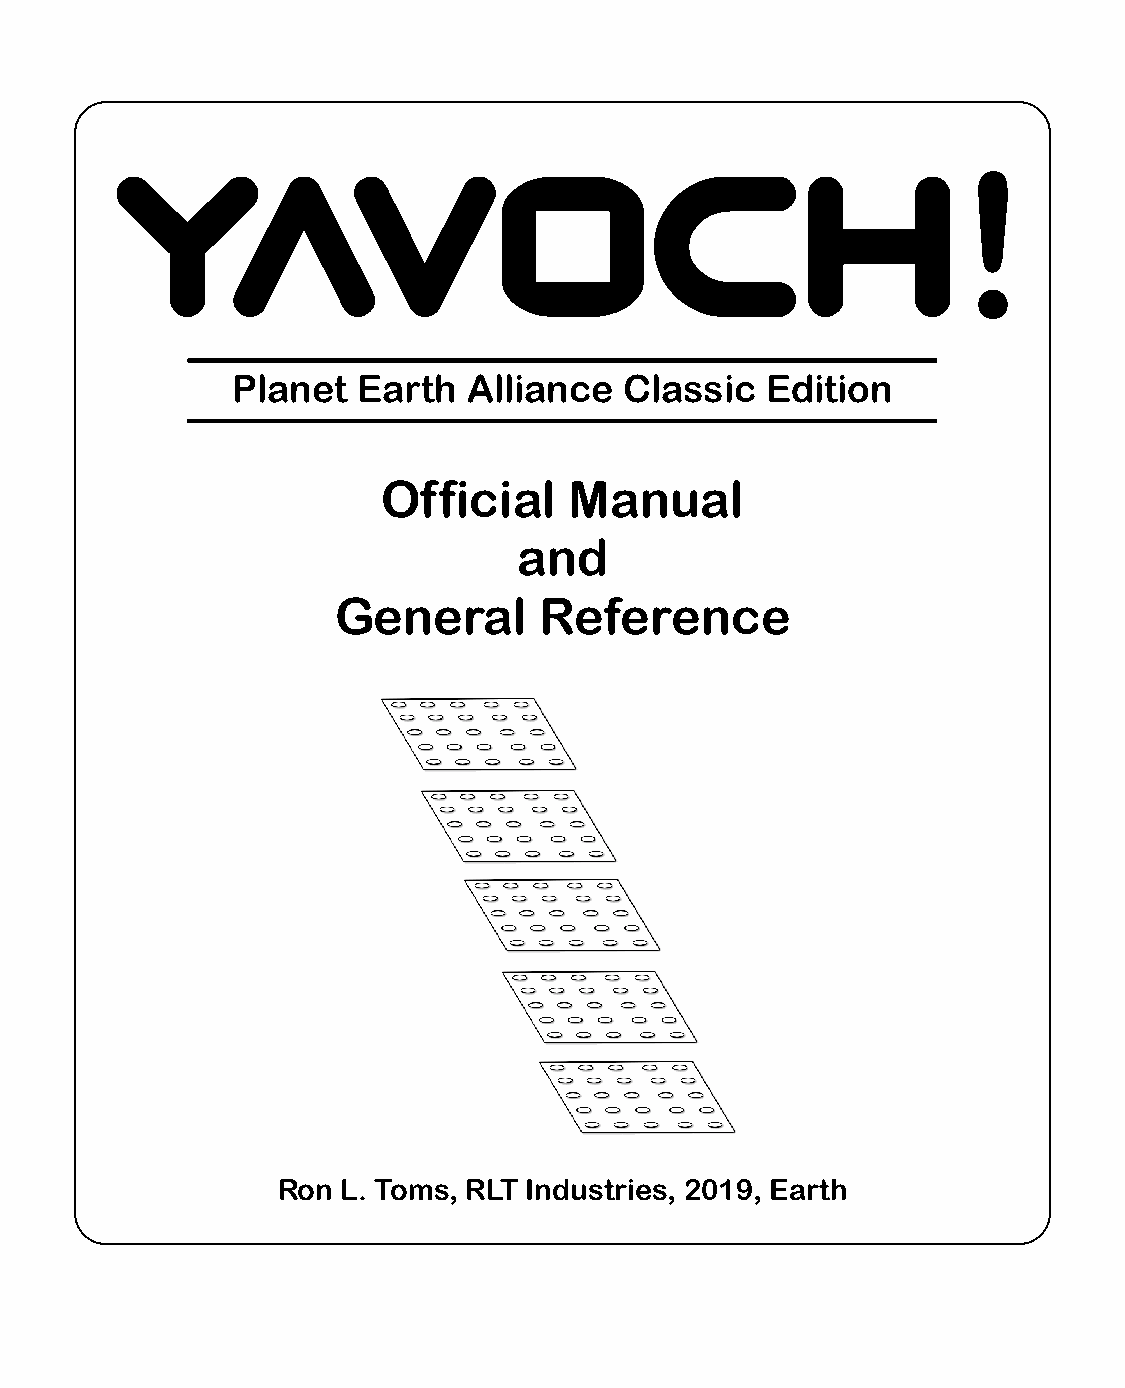
yavoch!
 Planet   Earth  Alliance  Classic   Edition
 Official     Manual
 and
 General       Reference
 Ron  L. Toms, RLT Industries, 2019, Earth